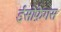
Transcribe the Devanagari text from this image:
ईसोफ़ेगस